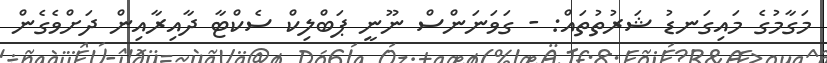
މަގާމުގެ މައިގަނޑު ޝަރުތުތައް: - ގަވަނަންސް ނޫނީ ޕަބްލިކް ސެކްޓާ ދާއިރާއިން ދަށްވެގެން